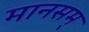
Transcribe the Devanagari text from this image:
मानसम्